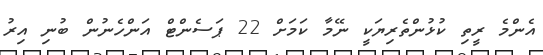
އެންމެ ރީތި ކުޅުންތެރިޔަކީ ނޭމާ ކަމަށް 22 ޕަސެންޓް އަންހެނުން ބުނި އިރު